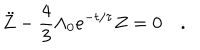
\ddot { Z } - \frac { 4 } { 3 } \Lambda _ { 0 } e ^ { - t / \tau } Z = 0 \quad .